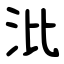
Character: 沘